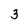
Character: 3